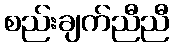
စည်းချက်ညီညီ